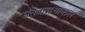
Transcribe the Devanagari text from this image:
संतवाङ्मयाबद्दल